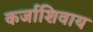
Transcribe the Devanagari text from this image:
कर्जाशिवाय